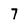
Character: 7